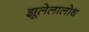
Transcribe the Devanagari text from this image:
झूलेलालोथ